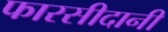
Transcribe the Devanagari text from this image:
फारसीदानी